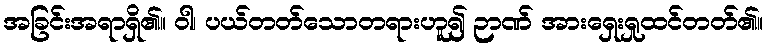
အခြင်းအရာရှိ၏။ ဝါ၊ ပယ်တတ်သောတရားဟူ၍ ဉာဏ် အားရှေးရှုထင်တတ်၏။